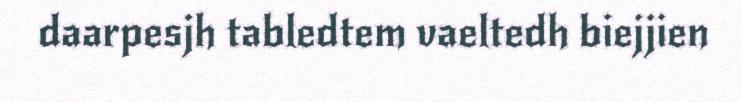
daarpesjh tabledtem vaeltedh biejjien